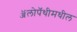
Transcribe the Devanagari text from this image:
ॲलोपॅथीमधील